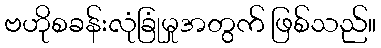
ဗဟိုစခန်းလုံခြုံမှုအတွက် ဖြစ်သည်။